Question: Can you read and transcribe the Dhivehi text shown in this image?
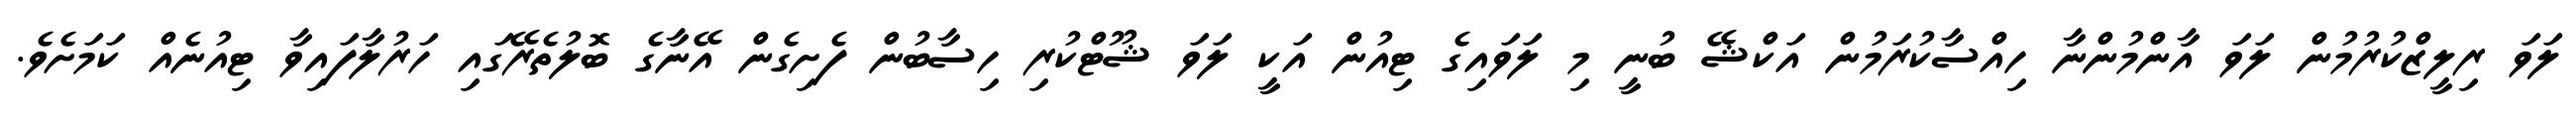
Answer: ލަވަ ރިލީޒްކުރުމުން ލަވަ އާންމުންނާ ހިއްސާކުރަމުން އަކްޝޭ ބުނީ މި ލަވައިގެ ޓިއުން އަކީ ލަވަ ޝޫޓްކުރި ހިސާބުން ފެށިގެން އޭނާގެ ބޮލުތެރޭގައި ހަރުލާފައިވާ ޓިއުނެއް ކަމަށެވެ.